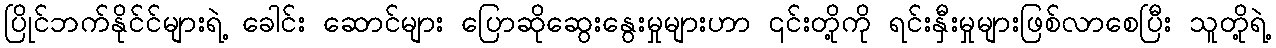
ပြိုင်ဘက်နိုင်င်များရဲ့ ခေါင်း ဆောင်များ ပြောဆိုဆွေးနွေးမှုများဟာ ၎င်းတို့ကို ရင်းနှီးမှုများဖြစ်လာစေပြီး သူတို့ရဲ့